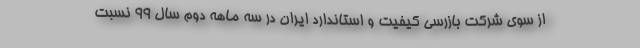
از سوي شركت بازرسي كيفيت و استاندارد ايران در سه ماهه دوم سال 99 نسبت